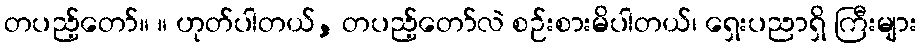
တပည့်တော်။ ။ ဟုတ်ပါတယ်, တပည့်တော်လဲ စဉ်းစားမိပါတယ်၊ ရှေးပညာရှိ ကြီးများ